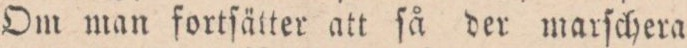
Om man fortſätter att ſå der marſchera